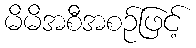
မိမိအစီအစဉ်ဖြင့်